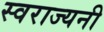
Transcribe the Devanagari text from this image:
स्वराज्यनी